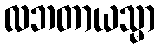
လဘတာယသ္မာ